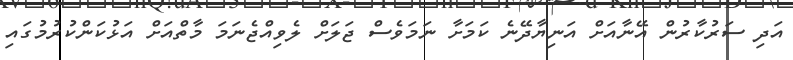
އަދި ސަރުކާރުން އޭނާއަށް އަނިޔާދޭނެ ކަމަށާ ނަމަވެސް ޖަލަށް ލެވިއްޖެނަމަ މާތްއަށް އަޅުކަންކުރުމުގައި